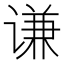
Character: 谦